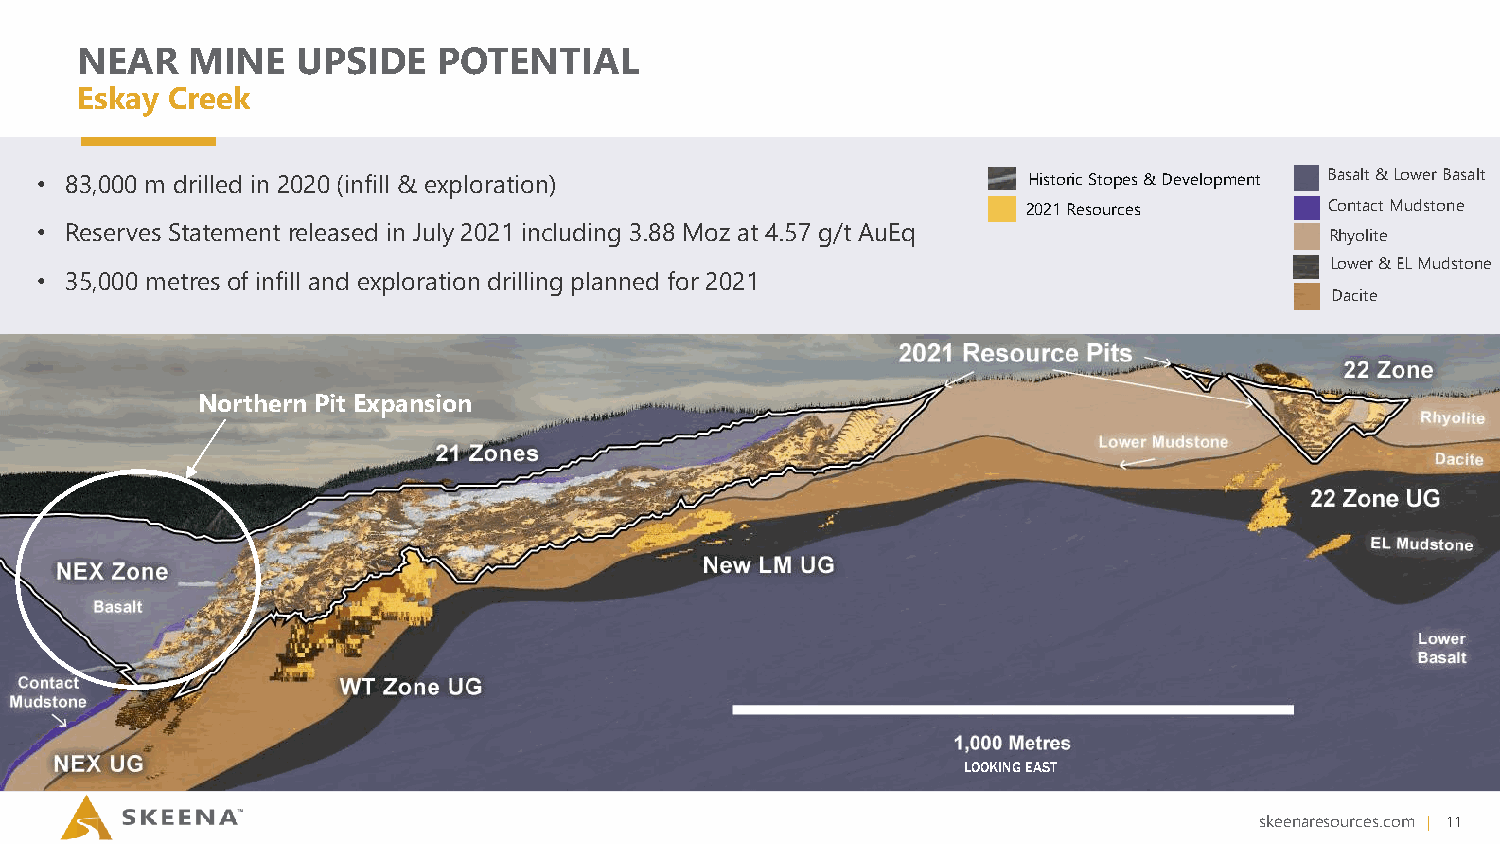
NEAR   MINE    UPSIDE   POTENTIAL
 Eskay Creek
 • 83,000 m drilled in 2020 (infill & exploration)                 Historic Stopes & Development Basalt & Lower Basalt
 2021 Resources      Contact Mudstone
 • Reserves Statement released in July 2021 including 3.88 Moz at 4.57 g/t AuEq
 Rhyolite
 Lower & EL Mudstone
 • 35,000 metres of infill and exploration drilling planned for 2021
 Dacite
 Northern Pit Expansion
 LOOKING EAST
 skeenaresources.com | 11